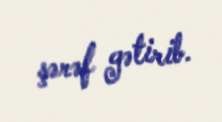
şərəf gətirib.